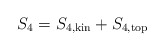
\begin{align*}S_4 = S_{4,{\rm kin}}+S_{4,{\rm top}}\end{align*}